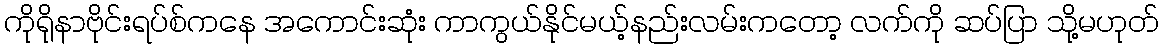
ကိုရိုနာဗိုင်းရပ်စ်ကနေ အကောင်းဆုံး ကာကွယ်နိုင်မယ့်နည်းလမ်းကတော့ လက်ကို ဆပ်ပြာ သို့မဟုတ်